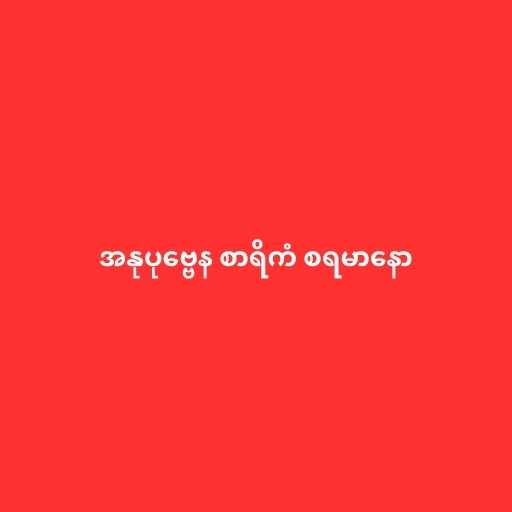
အနုပုဗ္ဗေန စာရိကံ စရမာနော